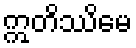
ဣတိဿိမေ